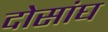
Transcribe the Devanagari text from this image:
दोसांघ